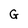
Character: G